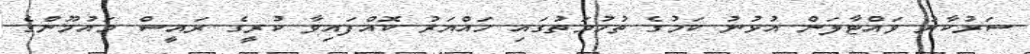
ސަރުކާރު ވައްޓާލަން އުޅުނު ކަމުގެ ތުހުމަތުގައިި ހައްޔަރު ކޮއްފައިވާ ކުރީގެ ރައީސް މައުމޫންގެ